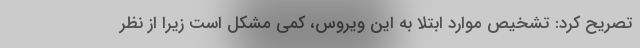
تصریح کرد: تشخیص موارد ابتلا به این ویروس، کمی مشکل است زیرا از نظر